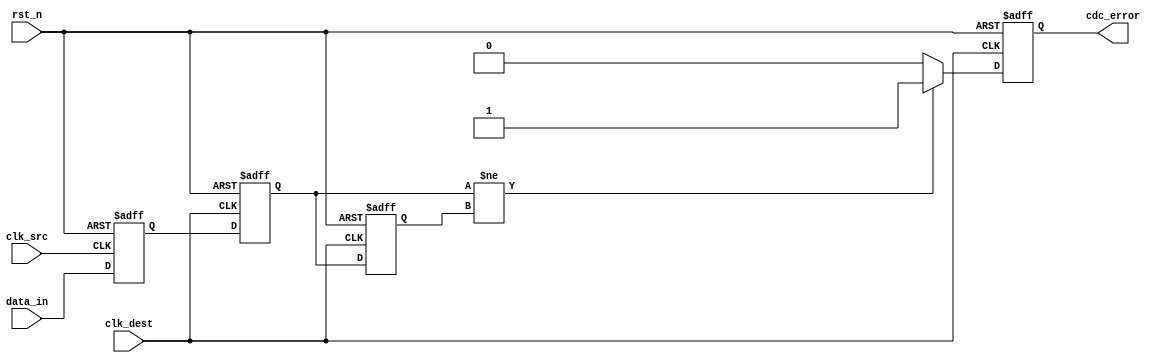
module cdc_detector #(
    parameter DATA_WIDTH = 1,      // Width of the data_in signal
    parameter ENABLE_ERROR_DETECTION = 1 // Enable or disable error detection
)(
    input wire [DATA_WIDTH-1:0] data_in,    // Input signal from source clock domain
    input wire clk_src,                      // Clock signal of the source domain
    input wire clk_dest,                     // Clock signal of the destination domain
    input wire rst_n,                        // Asynchronous active-low reset
    output reg cdc_error                     // CDC error flag
);

    // Dual flip-flop synchronizer
    reg [DATA_WIDTH-1:0] sync_ff1, sync_ff2;

    // Register to hold the previous value of the synchronized signal
    reg [DATA_WIDTH-1:0] prev_sync_data;

    // Synchronization process
    always @(posedge clk_src or negedge rst_n) begin
        if (!rst_n) begin
            sync_ff1 <= {DATA_WIDTH{1'b0}};
        end else begin
            sync_ff1 <= data_in; // Sample data_in on clk_src
        end
    end

    always @(posedge clk_dest or negedge rst_n) begin
        if (!rst_n) begin
            sync_ff2 <= {DATA_WIDTH{1'b0}};
            prev_sync_data <= {DATA_WIDTH{1'b0}};
            cdc_error <= 1'b0;
        end else begin
            sync_ff2 <= sync_ff1; // Transfer to destination clock domain

            // Error detection logic
            if (ENABLE_ERROR_DETECTION) begin
                if (sync_ff2 != prev_sync_data) begin
                    cdc_error <= 1'b1; // Edge detected
                end else begin
                    cdc_error <= 1'b0; // No edge detected
                end
                prev_sync_data <= sync_ff2; // Update previous value
            end else begin
                cdc_error <= 1'b0; // Error detection disabled
            end
        end
    end

endmodule